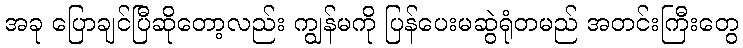
အခု ပြောချင်ပြီဆိုတော့လည်း ကျွန်မကို ပြန်ပေးမဆွဲရုံတမည် အတင်းကြီးတွေ